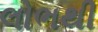
લોભથી